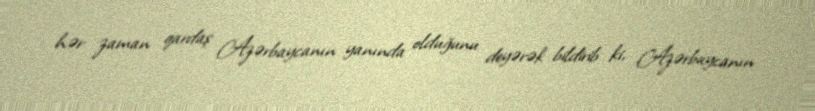
hər zaman qardaş Azərbaycanın yanında olduğunu deyərək bildirib ki, Azərbaycanın